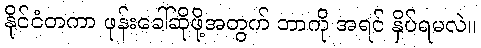
နိုင်ငံတကာ ဖုန်းခေါ်ဆိုဖို့အတွက် ဘာကို အရင် နှိပ်ရမလဲ။